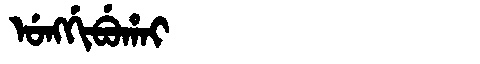
Manchu: ᡠᠩᡤᡳᠪᡠᡥᠠᡳ
Romanization: UNGGIBUHAI